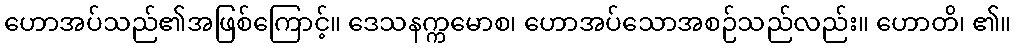
ဟောအပ်သည်၏အဖြစ်ကြောင့်။ ဒေသနက္ကမောစ၊ ဟောအပ်သောအစဉ်သည်လည်း။ ဟောတိ၊ ၏။